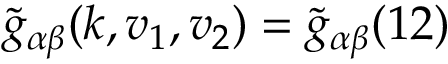
\widetilde { g } _ { \alpha \beta } ( \boldsymbol { k } , \boldsymbol { v } _ { 1 } , \boldsymbol { v } _ { 2 } ) = \widetilde { g } _ { \alpha \beta } ( 1 2 )